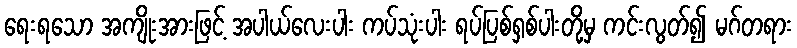
ရေးရသော အကျိုးအားဖြင့် အပါယ်လေးပါး ကပ်သုံးပါး ရပ်ပြစ်ရှစ်ပါးတို့မှ ကင်းလွတ်၍ မဂ်တရား